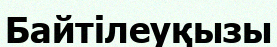
Байтілеуқызы